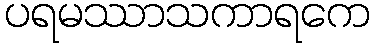
ပရမဿာသကာရကေ